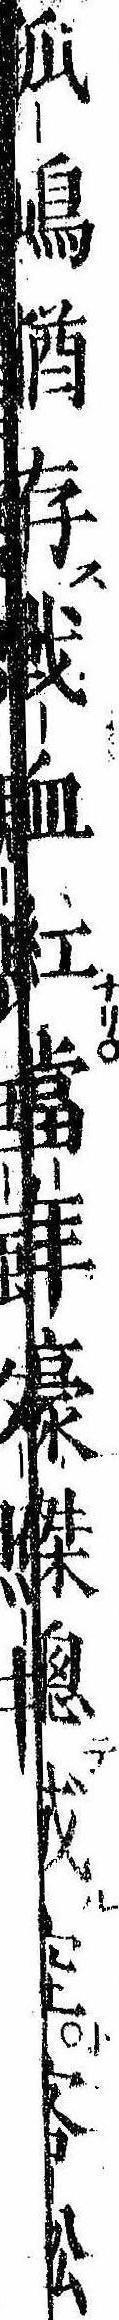
孤島猶存戦血紅当年豪傑総成空客船